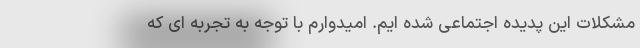
مشکلات این پدیده اجتماعی شده ایم. امیدوارم با توجه به تجربه ای که